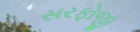
સરફોજી